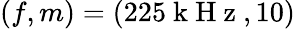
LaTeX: (f,m)=(225\mathrm{~k~H~z~},10)